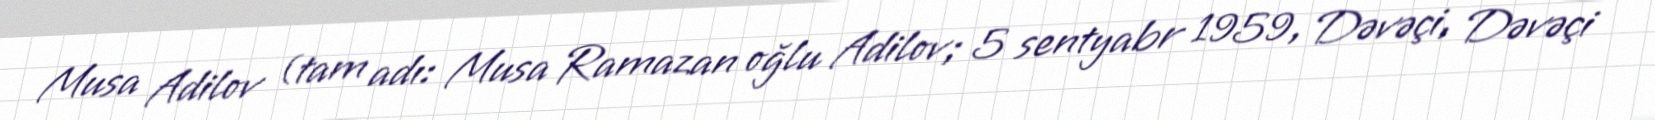
Musa Adilov (tam adı: Musa Ramazan oğlu Adilov; 5 sentyabr 1959, Dəvəçi, Dəvəçi